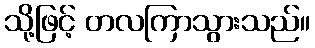
သို့ဖြင့် တလကြာသွားသည်။